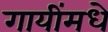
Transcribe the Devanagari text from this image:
गायींमधे